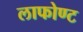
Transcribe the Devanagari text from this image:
लाफोण्ट